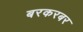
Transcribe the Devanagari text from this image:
बरकरबर